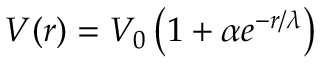
V ( r ) = V _ { 0 } \left( 1 + \alpha e ^ { - r / \lambda } \right)